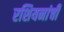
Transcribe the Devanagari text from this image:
रशियनांची